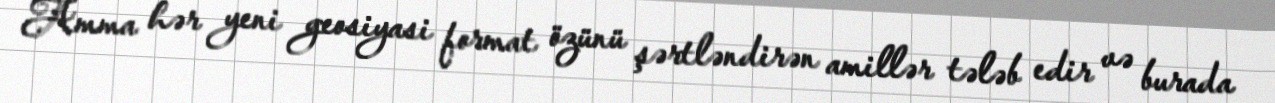
Amma hər yeni geosiyasi format özünü şərtləndirən amillər tələb edir və burada